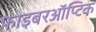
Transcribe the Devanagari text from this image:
फाइबरऑप्टिक